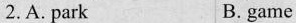
2.A. Park B. game